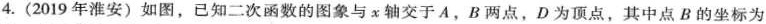
4.(2019年淮安)如图，已知二次函数的图象与x轴交于A，B两点，D为顶点，其中点B的坐标为